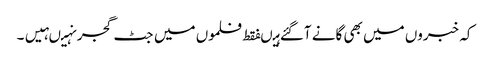
کہ خبروں میں بھی گانے آگئے ہیںفقط فلموں میں جٹ گجر نہیںہیں۔